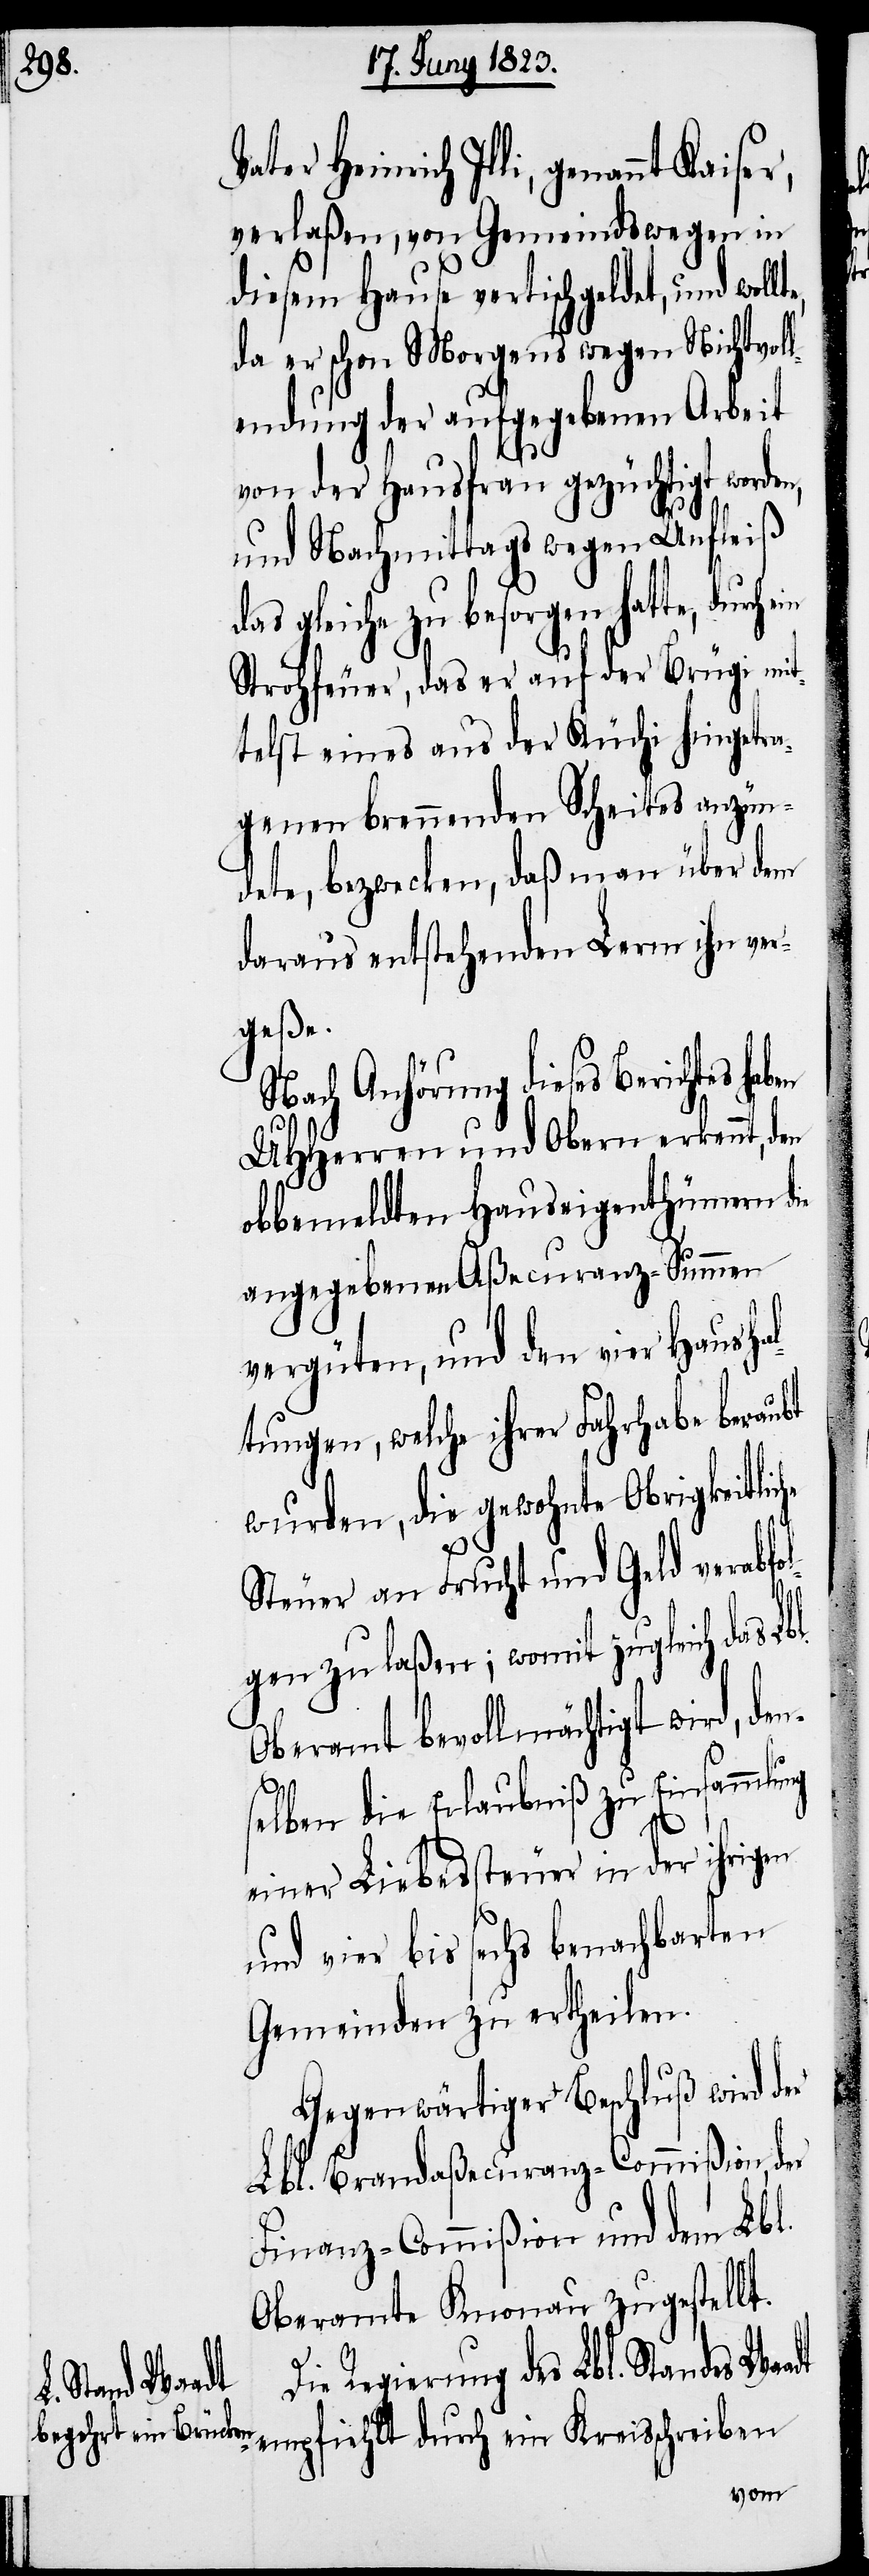
dt

Vater Heinrich Illi, genannt
verlaßen, von Gemeindswegen in
diesem Hause vertischgeldet, und woll¬
da er schon Morgens wegen Nichtvol¬
lendung der aufgegebenen Arbeit
von der Hausfrau gezüchtigt worde¬
und Nachmittags wegen Unfleiß
as gleiche zu besorgen hatte,
Strohfeuer, das er auf der Brügi mit¬
telst eines aus der Küchi hingetra¬
genen brennenden Scheites anzün¬
dete, bezwecken, daß man über dem
daraus entstehenden Lerm ihn ver¬
geße.
Nach Anhörung dieses Berichtes hab¬
UHHerren und Obern erkennt, den
obbemeldten Hauseigenthümern die
angegebenen Aßecuranz-Summen
vergüten, und den vier Hausha¬
ltungen, welche ihrer Fahrhabe beraubt
wurden, die gewohnte Obrigkeitliche
Steuer an Frucht und Geld verabfo¬
lgen zu laßen; womit zugleich das
Oberamt bevollmächtigt wird, den¬
selben die Erlaubniß zu Einsammlung
einer Liebessteuer in der ihrigen
und vier bis sechs benachbarten
Gemeinden zu ertheilen.
Gegenwärtiger Beschluß wird der
Lbl. Brandaßecuranz-Commißion,
Finanz-Commißion und dem Lbl.
Oberamte Knonau zugestellt.
Die Regierung des Lbl. Standes Waa¬
empfiehlt durch ein Kreisschreiben